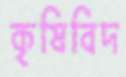
কৃষিবিদ